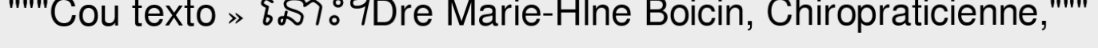
"""Cou texto » នោះ។Dre Marie-Hlne Boicin, Chiropraticienne,"""